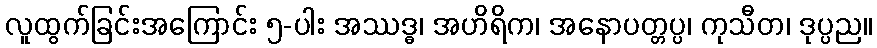
လူထွက်ခြင်းအကြောင်း ၅-ပါး အဿဒ္ဓ၊ အဟိရိက၊ အနောပတ္တပ္ပ၊ ကုသီတ၊ ဒုပ္ပည။